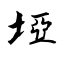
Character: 埡